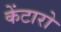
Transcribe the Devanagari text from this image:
केंटारो